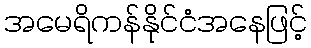
အမေရိကန်နိုင်ငံအနေဖြင့်